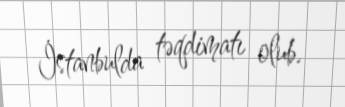
İstanbulda təqdimatı olub.